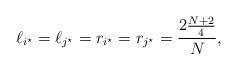
LaTeX: \begin{align*}& \ell_{i^{\star}} = \ell_{j^{\star}} = r_{i^{\star}} = r_{j^{\star}} = \frac{2 \frac{N+2}{4} }{N},\end{align*}